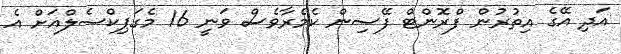
އަދި އޭގެ އިތުރުން ފްރޮންޓް ފޭސިން ކެމެރާވެސް ވަނީ 16 މެގަޕިކްސެލްއަށް އެ